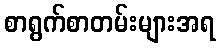
စာရွက်စာတမ်းများအရ